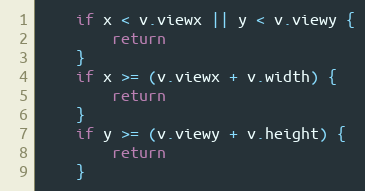
Language: Go
	if x < v.viewx || y < v.viewy {
		return
	}
	if x >= (v.viewx + v.width) {
		return
	}
	if y >= (v.viewy + v.height) {
		return
	}